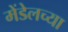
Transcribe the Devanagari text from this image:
मेंडेलच्या